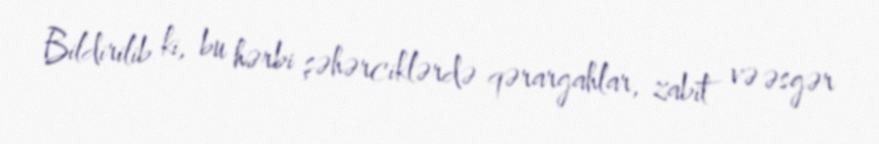
Bildirilib ki, bu hərbi şəhərciklərdə qərargahlar, zabit və əsgər